Punjab Mental Hospital Lahore 1932-46 - 1932-1946
Year: 1932
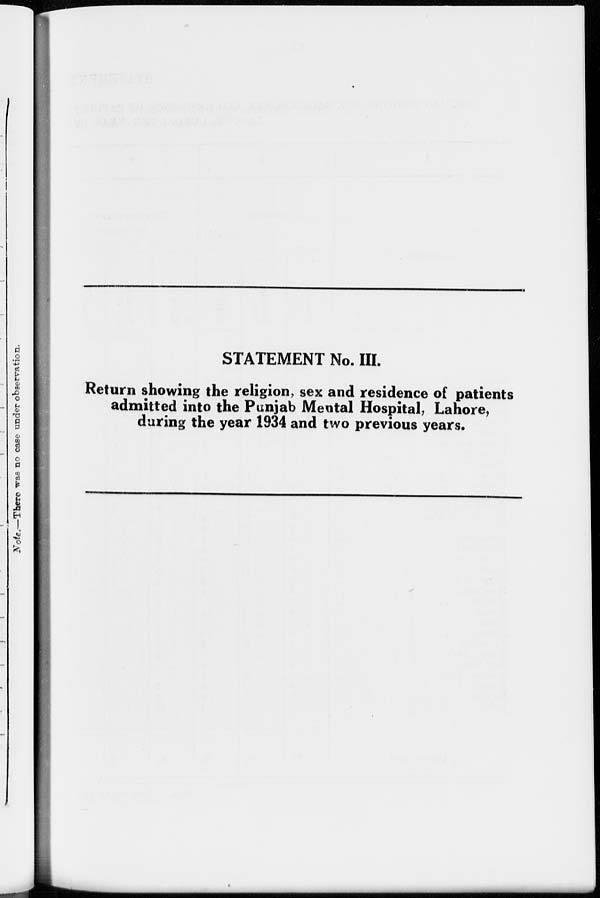
STATEMENT No. III.
Return showing the religion, sex and residence of patients
admitted into the Punjab Mental Hospital, Lahore,
during the year 1934 and two previous years.